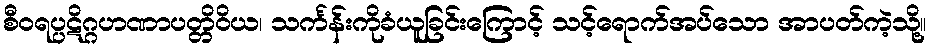
စီဝရပ္ပဋိဂ္ဂဟဏာပတ္တိဝိယ၊ သင်္ကန်းကိုခံယူခြင်းကြောင့် သင့်ရောက်အပ်သော အာပတ်ကဲ့သို့။